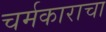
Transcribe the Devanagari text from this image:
चर्मकाराचा